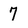
Character: 7